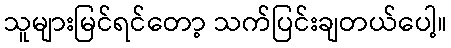
သူများမြင်ရင်တော့ သက်ပြင်းချတယ်ပေါ့။